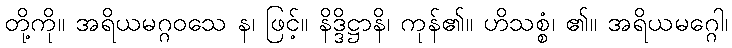
တို့ကို။ အရိယမဂ္ဂဝသေ န၊ ဖြင့်။ နိဒ္ဒိဋ္ဌာနိ၊ ကုန်၏။ ဟိသစ္စံ၊ ၏။ အရိယမဂ္ဂေါ၊